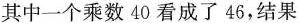
其中一个乘数40看成了46，结果